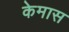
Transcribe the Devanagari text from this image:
केमास